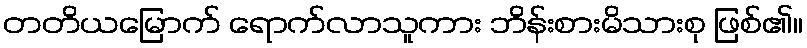
တတိယမြောက် ရောက်လာသူကား ဘိန်းစားမိသားစု ဖြစ်၏။